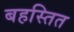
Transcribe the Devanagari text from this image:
बहस्तित